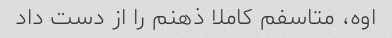
اوه، متاسفم کاملا ذهنم را از دست داد